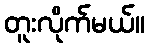
တူးလိုက်မယ်။